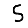
Digit: 5